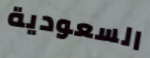
السعودية